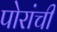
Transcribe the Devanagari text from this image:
पोरांची